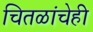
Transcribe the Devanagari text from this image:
चितळांचेही